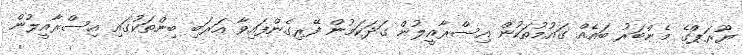
ޔޫރަޕްގެ މެންބަރު ބައެއް ގައުމުތަކުން އިސްރާއީލުން ގަދަކަމުން ފޭރިގެންފައިވާ އަރަބި ބިންތަކުގައި އިސްރާއީލުން